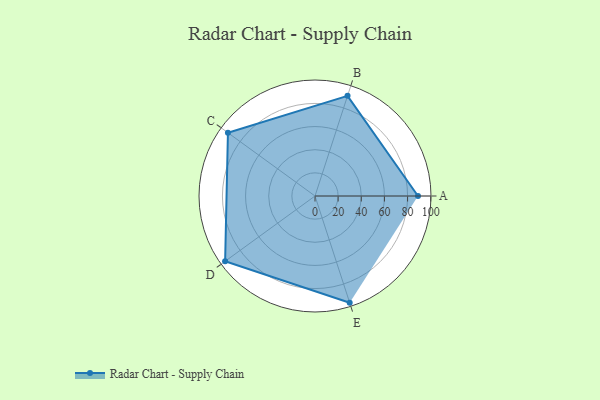
{"axis": {"x": "Skill", "y": "Score"}, "legend": ["Profile"], "data": [{"x": "A", "y": 89.0, "type": "Profile"}, {"x": "B", "y": 91.0, "type": "Profile"}, {"x": "C", "y": 93.0, "type": "Profile"}, {"x": "D", "y": 96.0, "type": "Profile"}, {"x": "E", "y": 97.0, "type": "Profile"}]}